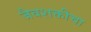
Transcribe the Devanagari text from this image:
जैवशक्तीचा